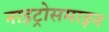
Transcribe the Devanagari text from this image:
नाइट्रोसमाइन